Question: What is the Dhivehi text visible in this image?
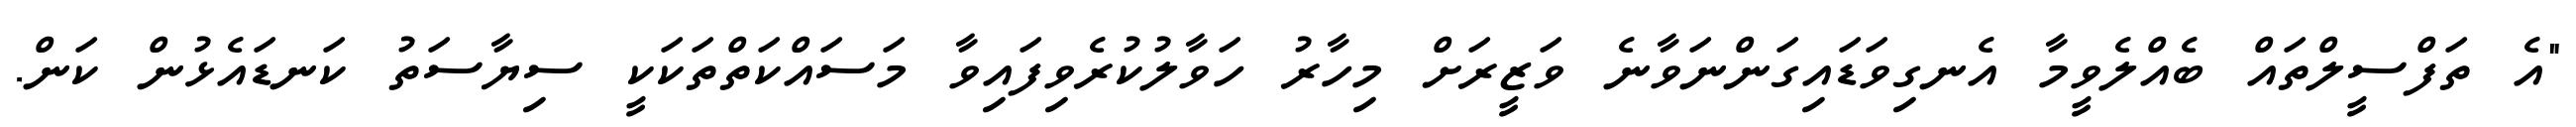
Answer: "އެ ތަފްސީލްތައް ބެއްލެވީމާ އެނގިވަޑައިގަންނަވާނެ ވަޒީރަށް މިހާރު ހަވާލުކުރެވިފައިވާ މަސައްކަތްތަކަކީ ސިޔާސަތު ކަނޑައެޅުން ކަން.